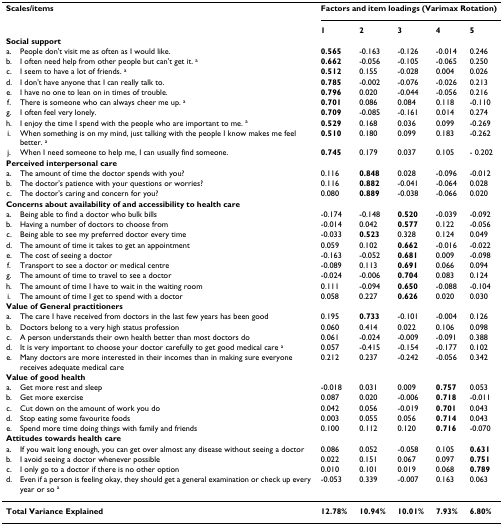
<table><thead><tr><td colspan="2"><b>Scales/items</b></td><td colspan="5"><b>Factors and item loadings (Varimax Rotation)</b></td></tr><tr><td></td><td></td><td><b>1</b></td><td><b>2</b></td><td><b>3</b></td><td><b>4</b></td><td><b>5</b></td></tr><tr><td colspan="7"><b>Social support</b></td></tr><tr><td><b>a.</b></td><td><b>People don&#x27;t visit me as often as I would like.</b></td><td><b>0.565</b></td><td><b>-0.163</b></td><td><b>-0.126</b></td><td><b>-0.014</b></td><td><b>0.246</b></td></tr><tr><td><b>b.</b></td><td><b>I often need help from other people but can&#x27;t get it. <sup>a</sup></b></td><td><b>0.662</b></td><td><b>-0.056</b></td><td><b>-0.105</b></td><td><b>-0.065</b></td><td><b>0.250</b></td></tr><tr><td><b>c.</b></td><td><b>I seem to have a lot of friends. <sup>a</sup></b></td><td><b>0.512</b></td><td><b>0.155</b></td><td><b>-0.028</b></td><td><b>0.004</b></td><td><b>0.026</b></td></tr><tr><td><b>d.</b></td><td><b>I don&#x27;t have anyone that I can really talk to.</b></td><td><b>0.785</b></td><td><b>-0.002</b></td><td><b>-0.076</b></td><td><b>-0.026</b></td><td><b>0.213</b></td></tr><tr><td><b>e.</b></td><td><b>I have no one to lean on in times of trouble.</b></td><td><b>0.796</b></td><td><b>0.020</b></td><td><b>-0.044</b></td><td><b>-0.056</b></td><td><b>0.216</b></td></tr><tr><td><b>f.</b></td><td><b>There is someone who can always cheer me up. <sup>a</sup></b></td><td><b>0.701</b></td><td><b>0.086</b></td><td><b>0.084</b></td><td><b>0.118</b></td><td><b>-0.110</b></td></tr><tr><td><b>g.</b></td><td><b>I often feel very lonely.</b></td><td><b>0.709</b></td><td><b>-0.085</b></td><td><b>-0.161</b></td><td><b>0.014</b></td><td><b>0.274</b></td></tr><tr><td><b>h.</b></td><td><b>I enjoy the time I spend with the people who are important to me. <sup>a</sup></b></td><td><b>0.529</b></td><td><b>0.168</b></td><td><b>0.036</b></td><td><b>0.099</b></td><td><b>-0.269</b></td></tr><tr><td><b>i.</b></td><td><b>When something is on my mind, just talking with the people I know makes me feel better. <sup>a</sup></b></td><td><b>0.510</b></td><td><b>0.180</b></td><td><b>0.099</b></td><td><b>0.183</b></td><td><b>-0.262</b></td></tr><tr><td><b>j.</b></td><td><b>When I need someone to help me, I can usually find someone.</b></td><td><b>0.745</b></td><td><b>0.179</b></td><td><b>0.037</b></td><td><b>0.105</b></td><td><b>- 0.202</b></td></tr><tr><td colspan="7"><b>Perceived interpersonal care</b></td></tr><tr><td><b>a.</b></td><td><b>The amount of time the doctor spends with you?</b></td><td><b>0.116</b></td><td><b>0.848</b></td><td><b>0.028</b></td><td><b>-0.096</b></td><td><b>-0.012</b></td></tr><tr><td><b>b.</b></td><td><b>The doctor&#x27;s patience with your questions or worries?</b></td><td><b>0.116</b></td><td><b>0.882</b></td><td><b>-0.041</b></td><td><b>-0.064</b></td><td><b>0.028</b></td></tr><tr><td><b>c.</b></td><td><b>The doctor&#x27;s caring and concern for you?</b></td><td><b>0.080</b></td><td><b>0.889</b></td><td><b>-0.038</b></td><td><b>-0.066</b></td><td><b>0.020</b></td></tr><tr><td colspan="7"><b>Concerns about availability of and accessibility to health care</b></td></tr><tr><td><b>a.</b></td><td><b>Being able to find a doctor who bulk bills</b></td><td><b>-0.174</b></td><td><b>-0.148</b></td><td><b>0.520</b></td><td><b>-0.039</b></td><td><b>-0.092</b></td></tr><tr><td><b>b.</b></td><td><b>Having a number of doctors to choose from</b></td><td><b>-0.014</b></td><td><b>0.042</b></td><td><b>0.577</b></td><td><b>0.122</b></td><td><b>-0.056</b></td></tr><tr><td><b>c.</b></td><td><b>Being able to see my preferred doctor every time</b></td><td><b>-0.033</b></td><td><b>0.523</b></td><td><b>0.328</b></td><td><b>0.124</b></td><td><b>0.049</b></td></tr><tr><td><b>d.</b></td><td><b>The amount of time it takes to get an appointment</b></td><td><b>0.059</b></td><td><b>0.102</b></td><td><b>0.662</b></td><td><b>-0.016</b></td><td><b>-0.022</b></td></tr><tr><td><b>e.</b></td><td><b>The cost of seeing a doctor</b></td><td><b>-0.163</b></td><td><b>-0.052</b></td><td><b>0.681</b></td><td><b>0.009</b></td><td><b>-0.098</b></td></tr><tr><td><b>f.</b></td><td><b>Transport to see a doctor or medical centre</b></td><td><b>-0.089</b></td><td><b>0.113</b></td><td><b>0.691</b></td><td><b>0.066</b></td><td><b>0.094</b></td></tr><tr><td><b>g.</b></td><td><b>The amount of time to travel to see a doctor</b></td><td><b>-0.024</b></td><td><b>-0.006</b></td><td><b>0.704</b></td><td><b>0.083</b></td><td><b>0.124</b></td></tr><tr><td><b>h.</b></td><td><b>The amount of time I have to wait in the waiting room</b></td><td><b>0.111</b></td><td><b>-0.094</b></td><td><b>0.650</b></td><td><b>-0.088</b></td><td><b>-0.104</b></td></tr><tr><td><b>i.</b></td><td><b>The amount of time I get to spend with a doctor</b></td><td><b>0.058</b></td><td><b>0.227</b></td><td><b>0.626</b></td><td><b>0.020</b></td><td><b>0.030</b></td></tr><tr><td colspan="7"><b>Value of General practitioners</b></td></tr><tr><td><b>a.</b></td><td><b>The care I have received from doctors in the last few years has been good</b></td><td><b>0.195</b></td><td><b>0.733</b></td><td><b>-0.101</b></td><td><b>-0.004</b></td><td><b>0.126</b></td></tr><tr><td><b>b.</b></td><td><b>Doctors belong to a very high status profession</b></td><td><b>0.060</b></td><td><b>0.414</b></td><td><b>0.022</b></td><td><b>0.106</b></td><td><b>0.098</b></td></tr><tr><td><b>c.</b></td><td><b>A person understands their own health better than most doctors do</b></td><td><b>0.061</b></td><td><b>-0.024</b></td><td><b>-0.009</b></td><td><b>-0.091</b></td><td><b>0.388</b></td></tr><tr><td><b>d.</b></td><td><b>It is very important to choose your doctor carefully to get good medical care <sup>a</sup></b></td><td><b>0.057</b></td><td><b>-0.415</b></td><td><b>-0.154</b></td><td><b>-0.177</b></td><td><b>0.102</b></td></tr><tr><td><b>e.</b></td><td><b>Many doctors are more interested in their incomes than in making sure everyone receives adequate medical care</b></td><td><b>0.212</b></td><td><b>0.237</b></td><td><b>-0.242</b></td><td><b>-0.056</b></td><td><b>0.342</b></td></tr><tr><td colspan="7"><b>Value of good health</b></td></tr><tr><td><b>a.</b></td><td><b>Get more rest and sleep</b></td><td><b>-0.018</b></td><td><b>0.031</b></td><td><b>0.009</b></td><td><b>0.757</b></td><td><b>0.053</b></td></tr><tr><td><b>b.</b></td><td><b>Get more exercise</b></td><td><b>0.087</b></td><td><b>0.020</b></td><td><b>-0.006</b></td><td><b>0.718</b></td><td><b>-0.011</b></td></tr><tr><td><b>c.</b></td><td><b>Cut down on the amount of work you do</b></td><td><b>0.042</b></td><td><b>0.056</b></td><td><b>-0.019</b></td><td><b>0.701</b></td><td><b>0.043</b></td></tr><tr><td><b>d.</b></td><td><b>Stop eating some favourite foods</b></td><td><b>0.003</b></td><td><b>0.055</b></td><td><b>0.056</b></td><td><b>0.714</b></td><td><b>0.043</b></td></tr><tr><td><b>e.</b></td><td><b>Spend more time doing things with family and friends</b></td><td><b>0.100</b></td><td><b>0.112</b></td><td><b>0.120</b></td><td><b>0.716</b></td><td><b>-0.070</b></td></tr><tr><td colspan="7"><b>Attitudes towards health care</b></td></tr><tr><td><b>a.</b></td><td><b>If you wait long enough, you can get over almost any disease without seeing a doctor</b></td><td><b>0.086</b></td><td><b>0.052</b></td><td><b>-0.058</b></td><td><b>0.105</b></td><td><b>0.631</b></td></tr><tr><td><b>b.</b></td><td><b>I avoid seeing a doctor whenever possible</b></td><td><b>0.022</b></td><td><b>0.151</b></td><td><b>0.067</b></td><td><b>0.097</b></td><td><b>0.751</b></td></tr><tr><td><b>c.</b></td><td><b>I only go to a doctor if there is no other option</b></td><td><b>0.010</b></td><td><b>0.101</b></td><td><b>0.019</b></td><td><b>0.068</b></td><td><b>0.789</b></td></tr><tr><td><b>d.</b></td><td><b>Even if a person is feeling okay, they should get a general examination or check up every year or so <sup>a</sup></b></td><td><b>-0.053</b></td><td><b>0.339</b></td><td><b>-0.007</b></td><td><b>0.163</b></td><td><b>0.063</b></td></tr></thead><tbody><tr><td colspan="2"><b>Total Variance Explained</b></td><td><b>12.78%</b></td><td><b>10.94%</b></td><td><b>10.01%</b></td><td><b>7.93%</b></td><td><b>6.80%</b></td></tr></tbody></table>